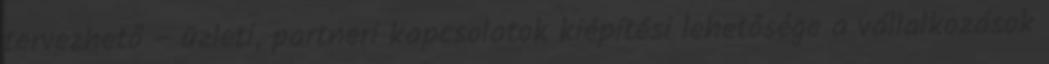
tervezhető – üzleti, partneri kapcsolatok kiépítési lehetősége a vállalkozások